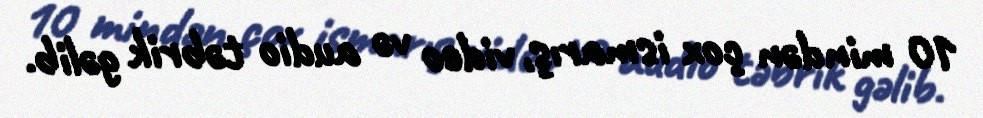
10 mindən çox ismarış, video və audio təbrik gəlib.